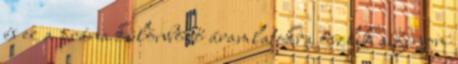
és ez a prána különböző áramlatokra oszlik a finom